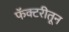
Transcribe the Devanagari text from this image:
फॅक्टरीतून